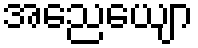
အညေယျော